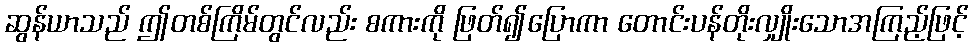
ဆွန်ယာသည် ဤတစ်ကြိမ်တွင်လည်း စကားကို ဖြတ်၍ပြောကာ တောင်းပန်တိုးလျှိုးသောအကြည့်ဖြင့်